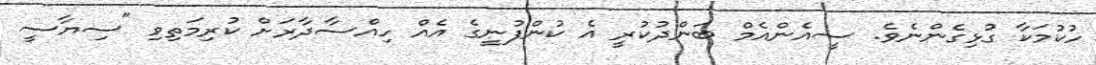
ހުކުމަކާ ގުޅިގެންނެވެ. ސީއެންއެމް ބަންދުކުރީ އެ ކުންފުނީގެ އެއް ހިއްސާދާރަށް ކުރިމަތިވި "ސިޔާސީ